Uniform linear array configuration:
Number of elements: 24
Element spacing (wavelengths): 1
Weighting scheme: cosine
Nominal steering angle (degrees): -60
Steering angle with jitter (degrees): -60.725
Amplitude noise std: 0.05
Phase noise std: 0.05

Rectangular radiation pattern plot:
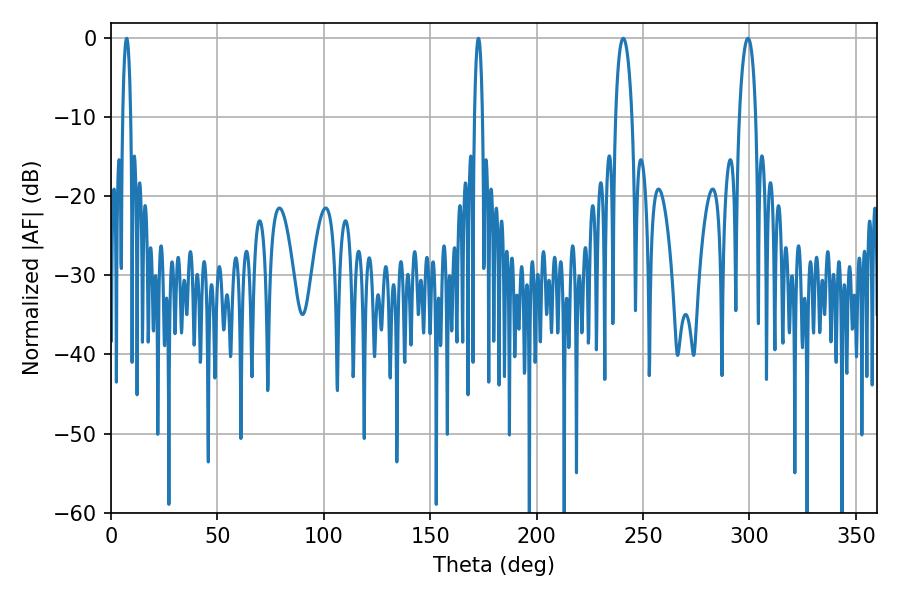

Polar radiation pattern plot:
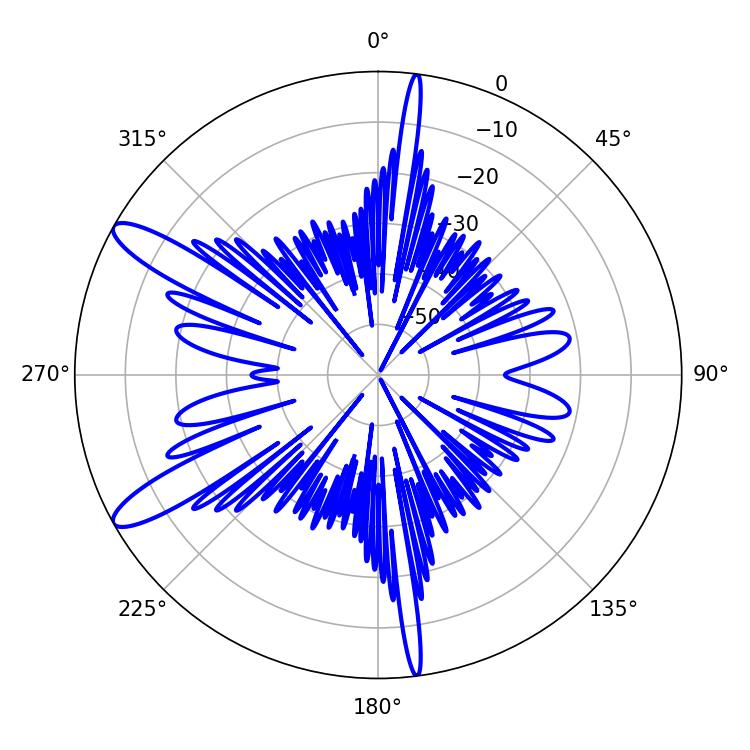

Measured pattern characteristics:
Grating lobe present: TRUE
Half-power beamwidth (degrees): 4.32
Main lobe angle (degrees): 299.34